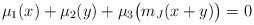
\begin{align*} \mu_1(x) + \mu_2(y) + \mu_3\bigl(m_J(x+y)\bigr)=0\end{align*}